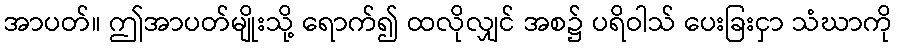
အာပတ်။ ဤအာပတ်မျိုးသို့ ရောက်၍ ထလိုလျှင် အစ၌ ပရိဝါသ် ပေးခြးငှာ သံဃာကို